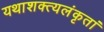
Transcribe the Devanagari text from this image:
यथाशक्त्यलंकृतां